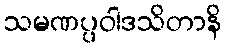
သမဏပ္ပဝါဒသိတာနိ